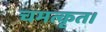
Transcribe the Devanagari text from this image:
चमत्कृत।